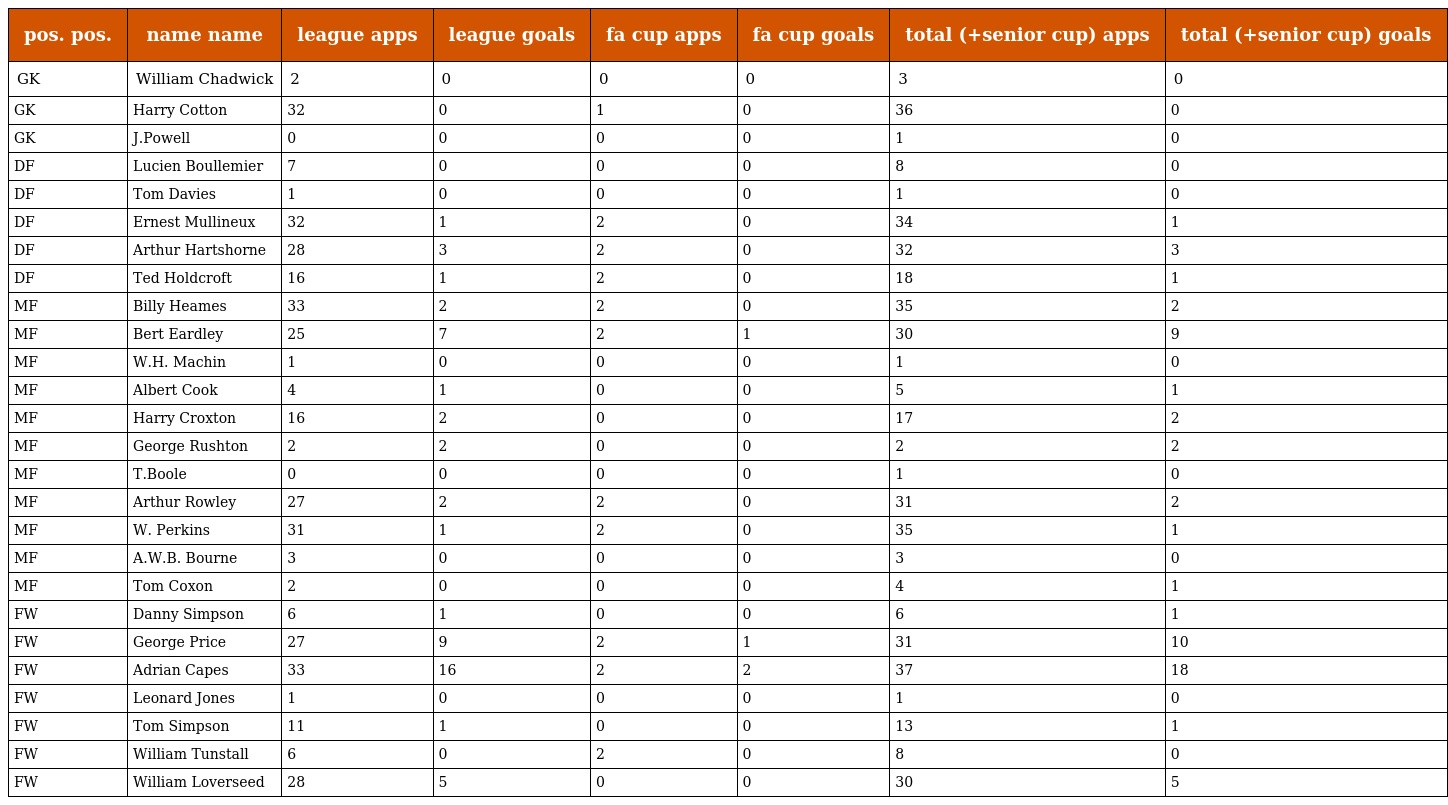
| pos. pos. | name name | league apps | league goals | fa cup apps | fa cup goals | total (+senior cup) apps | total (+senior cup) goals |
 | --- | --- | --- | --- | --- | --- | --- | --- |
 | GK | William Chadwick | 2 | 0 | 0 | 0 | 3 | 0 |
 | GK | Harry Cotton | 32 | 0 | 1 | 0 | 36 | 0 |
 | GK | J.Powell | 0 | 0 | 0 | 0 | 1 | 0 |
 | DF | Lucien Boullemier | 7 | 0 | 0 | 0 | 8 | 0 |
 | DF | Tom Davies | 1 | 0 | 0 | 0 | 1 | 0 |
 | DF | Ernest Mullineux | 32 | 1 | 2 | 0 | 34 | 1 |
 | DF | Arthur Hartshorne | 28 | 3 | 2 | 0 | 32 | 3 |
 | DF | Ted Holdcroft | 16 | 1 | 2 | 0 | 18 | 1 |
 | MF | Billy Heames | 33 | 2 | 2 | 0 | 35 | 2 |
 | MF | Bert Eardley | 25 | 7 | 2 | 1 | 30 | 9 |
 | MF | W.H. Machin | 1 | 0 | 0 | 0 | 1 | 0 |
 | MF | Albert Cook | 4 | 1 | 0 | 0 | 5 | 1 |
 | MF | Harry Croxton | 16 | 2 | 0 | 0 | 17 | 2 |
 | MF | George Rushton | 2 | 2 | 0 | 0 | 2 | 2 |
 | MF | T.Boole | 0 | 0 | 0 | 0 | 1 | 0 |
 | MF | Arthur Rowley | 27 | 2 | 2 | 0 | 31 | 2 |
 | MF | W. Perkins | 31 | 1 | 2 | 0 | 35 | 1 |
 | MF | A.W.B. Bourne | 3 | 0 | 0 | 0 | 3 | 0 |
 | MF | Tom Coxon | 2 | 0 | 0 | 0 | 4 | 1 |
 | FW | Danny Simpson | 6 | 1 | 0 | 0 | 6 | 1 |
 | FW | George Price | 27 | 9 | 2 | 1 | 31 | 10 |
 | FW | Adrian Capes | 33 | 16 | 2 | 2 | 37 | 18 |
 | FW | Leonard Jones | 1 | 0 | 0 | 0 | 1 | 0 |
 | FW | Tom Simpson | 11 | 1 | 0 | 0 | 13 | 1 |
 | FW | William Tunstall | 6 | 0 | 2 | 0 | 8 | 0 |
 | FW | William Loverseed | 28 | 5 | 0 | 0 | 30 | 5 |